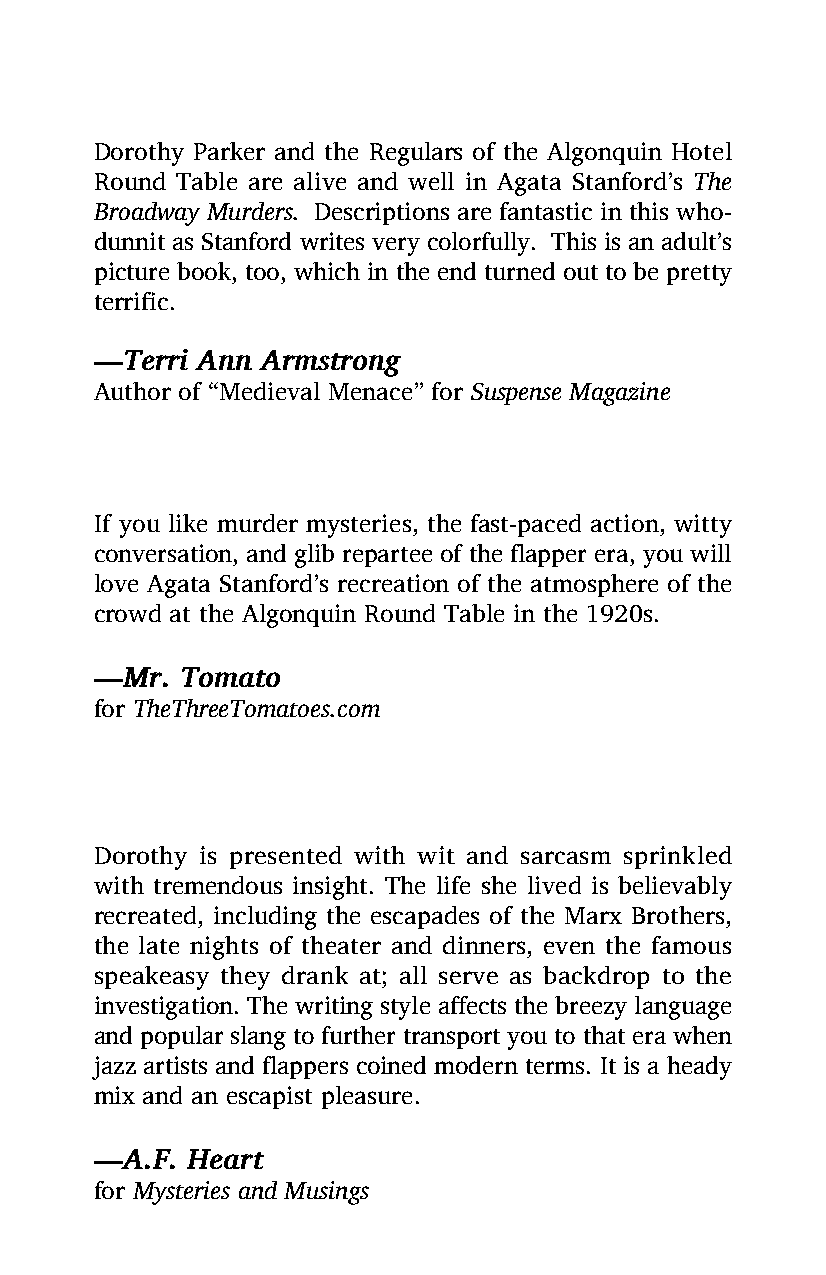
Dorothy Parker and the Regulars of the Algonquin Hotel
 Round Table are alive and well in Agata Stanford’s The
 Broadway Murders. Descriptions are fantastic in this who-
 dunnit as Stanford writes very colorfully. This is an adult’s
 picture book, too, which in the end turned out to be pretty
 terrific.
 —Terri Ann Armstrong
 Author of “Medieval Menace” for Suspense Magazine
 If you like murder mysteries, the fast-paced action, witty
 conversation, and glib repartee of the flapper era, you will
 love Agata Stanford’s recreation of the atmosphere of the
 crowd at the Algonquin Round Table in the 1920s.
 —Mr.  Tomato
 for TheThreeTomatoes.com
 Dorothy is presented with wit and sarcasm sprinkled
 with tremendous insight. The life she lived is believably
 recreated, including the escapades of the Marx Brothers,
 the late nights of theater and dinners, even the famous
 speakeasy they drank at; all serve as backdrop to the
 investigation. The writing style affects the breezy language
 and popular slang to further transport you to that era when
 jazz artists and flappers coined modern terms. It is a heady
 mix and an escapist pleasure.
 —A.F. Heart
 for Mysteries and Musings